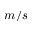
m / s